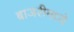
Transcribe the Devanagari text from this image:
बाजरीमध्ये